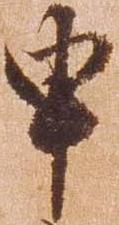
申